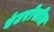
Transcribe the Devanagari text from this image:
एंटरोसील